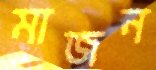
মাজন